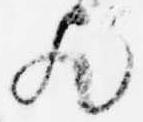
歟